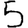
Digit: 5